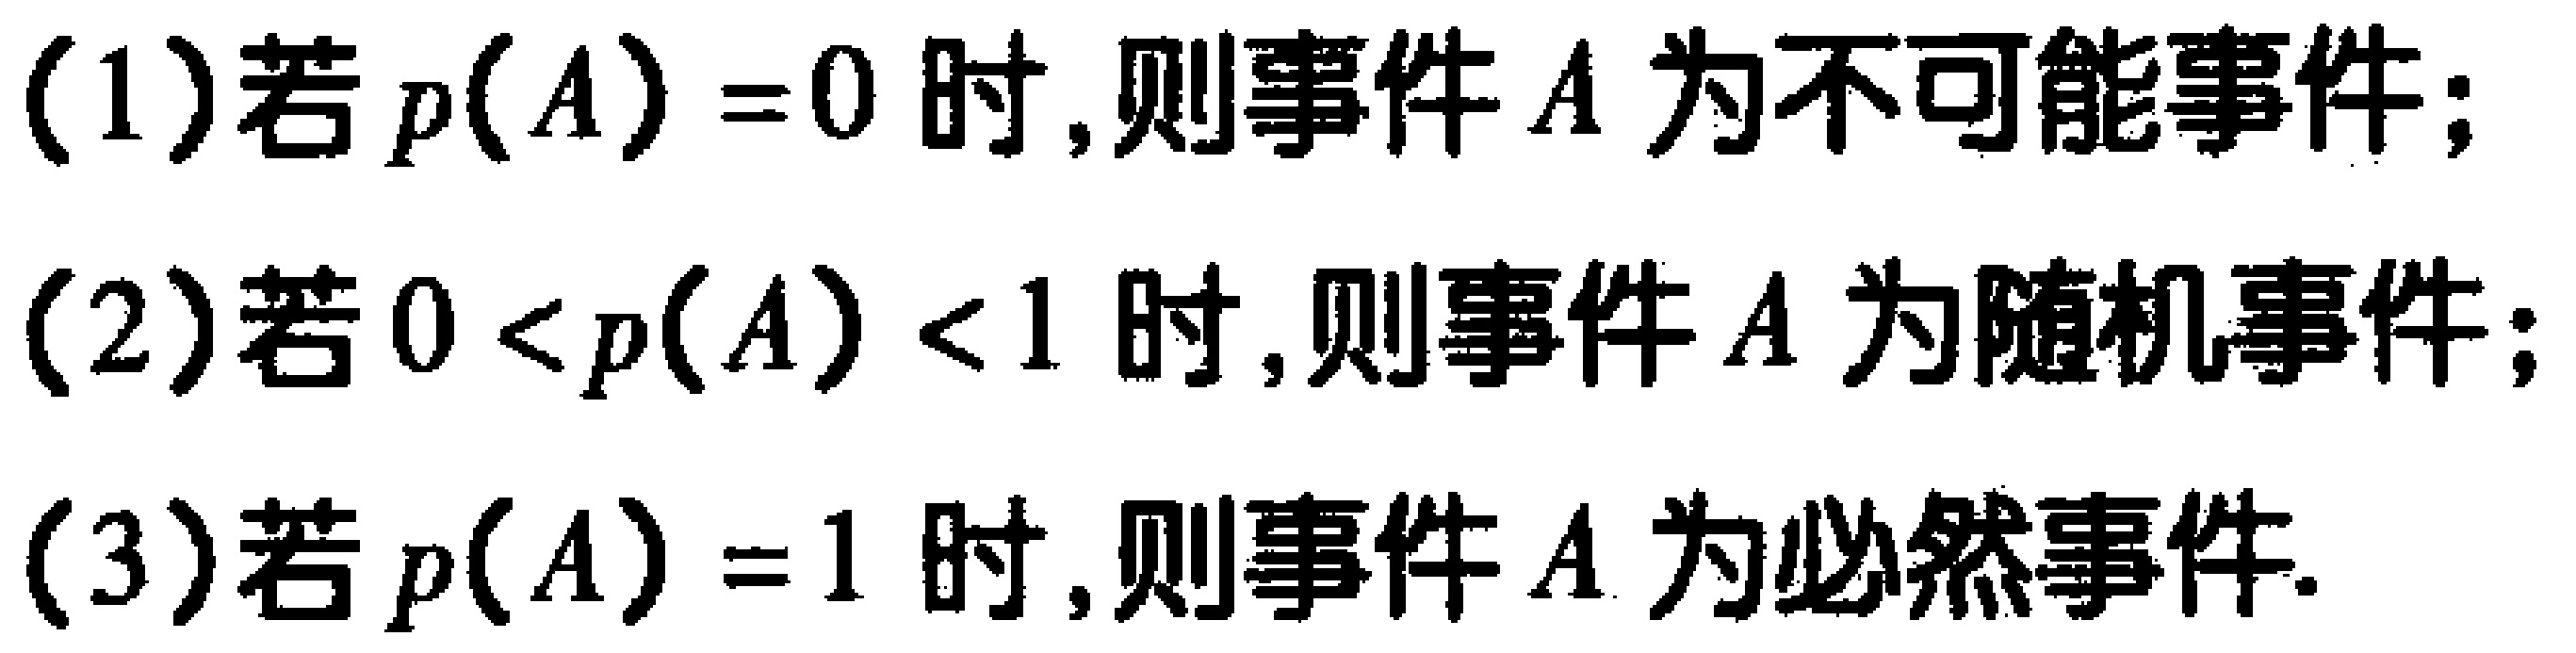
(1)若$p(A)=0$时,则事件$A$为不可能事件;

(2)若$0 < p(A) < 1$时,则事件$A$为随机事件;

(3)若$p(A)=1$时,则事件$A$为必然事件.